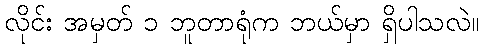
လိုင်း အမှတ် ၁ ဘူတာရုံက ဘယ်မှာ ရှိပါသလဲ။